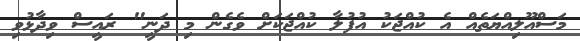
މަސްއޫލިއްޔަތެއް އެ ކުއްޖަކު އުފުލާ ކުއްޖަކަށް ވެގެން މި ދަނީ" ރައީސް ވިދާޅުވި